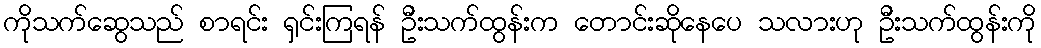
ကိုသက်ဆွေသည် စာရင်း ရှင်းကြရန် ဦးသက်ထွန်းက တောင်းဆိုနေပေ သလားဟု ဦးသက်ထွန်းကို